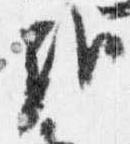
哉